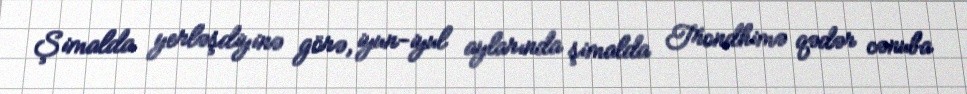
Şimalda yerləşdiyinə görə, iyun-iyul aylarında şimalda Trondhimə qədər cənuba